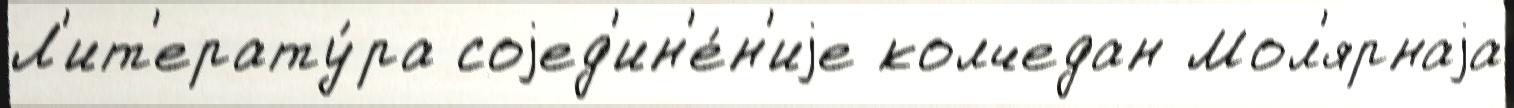
Л'ит'ерату́ра соjед'ин'е́н'иjе колчедан Мол'ярнаjа